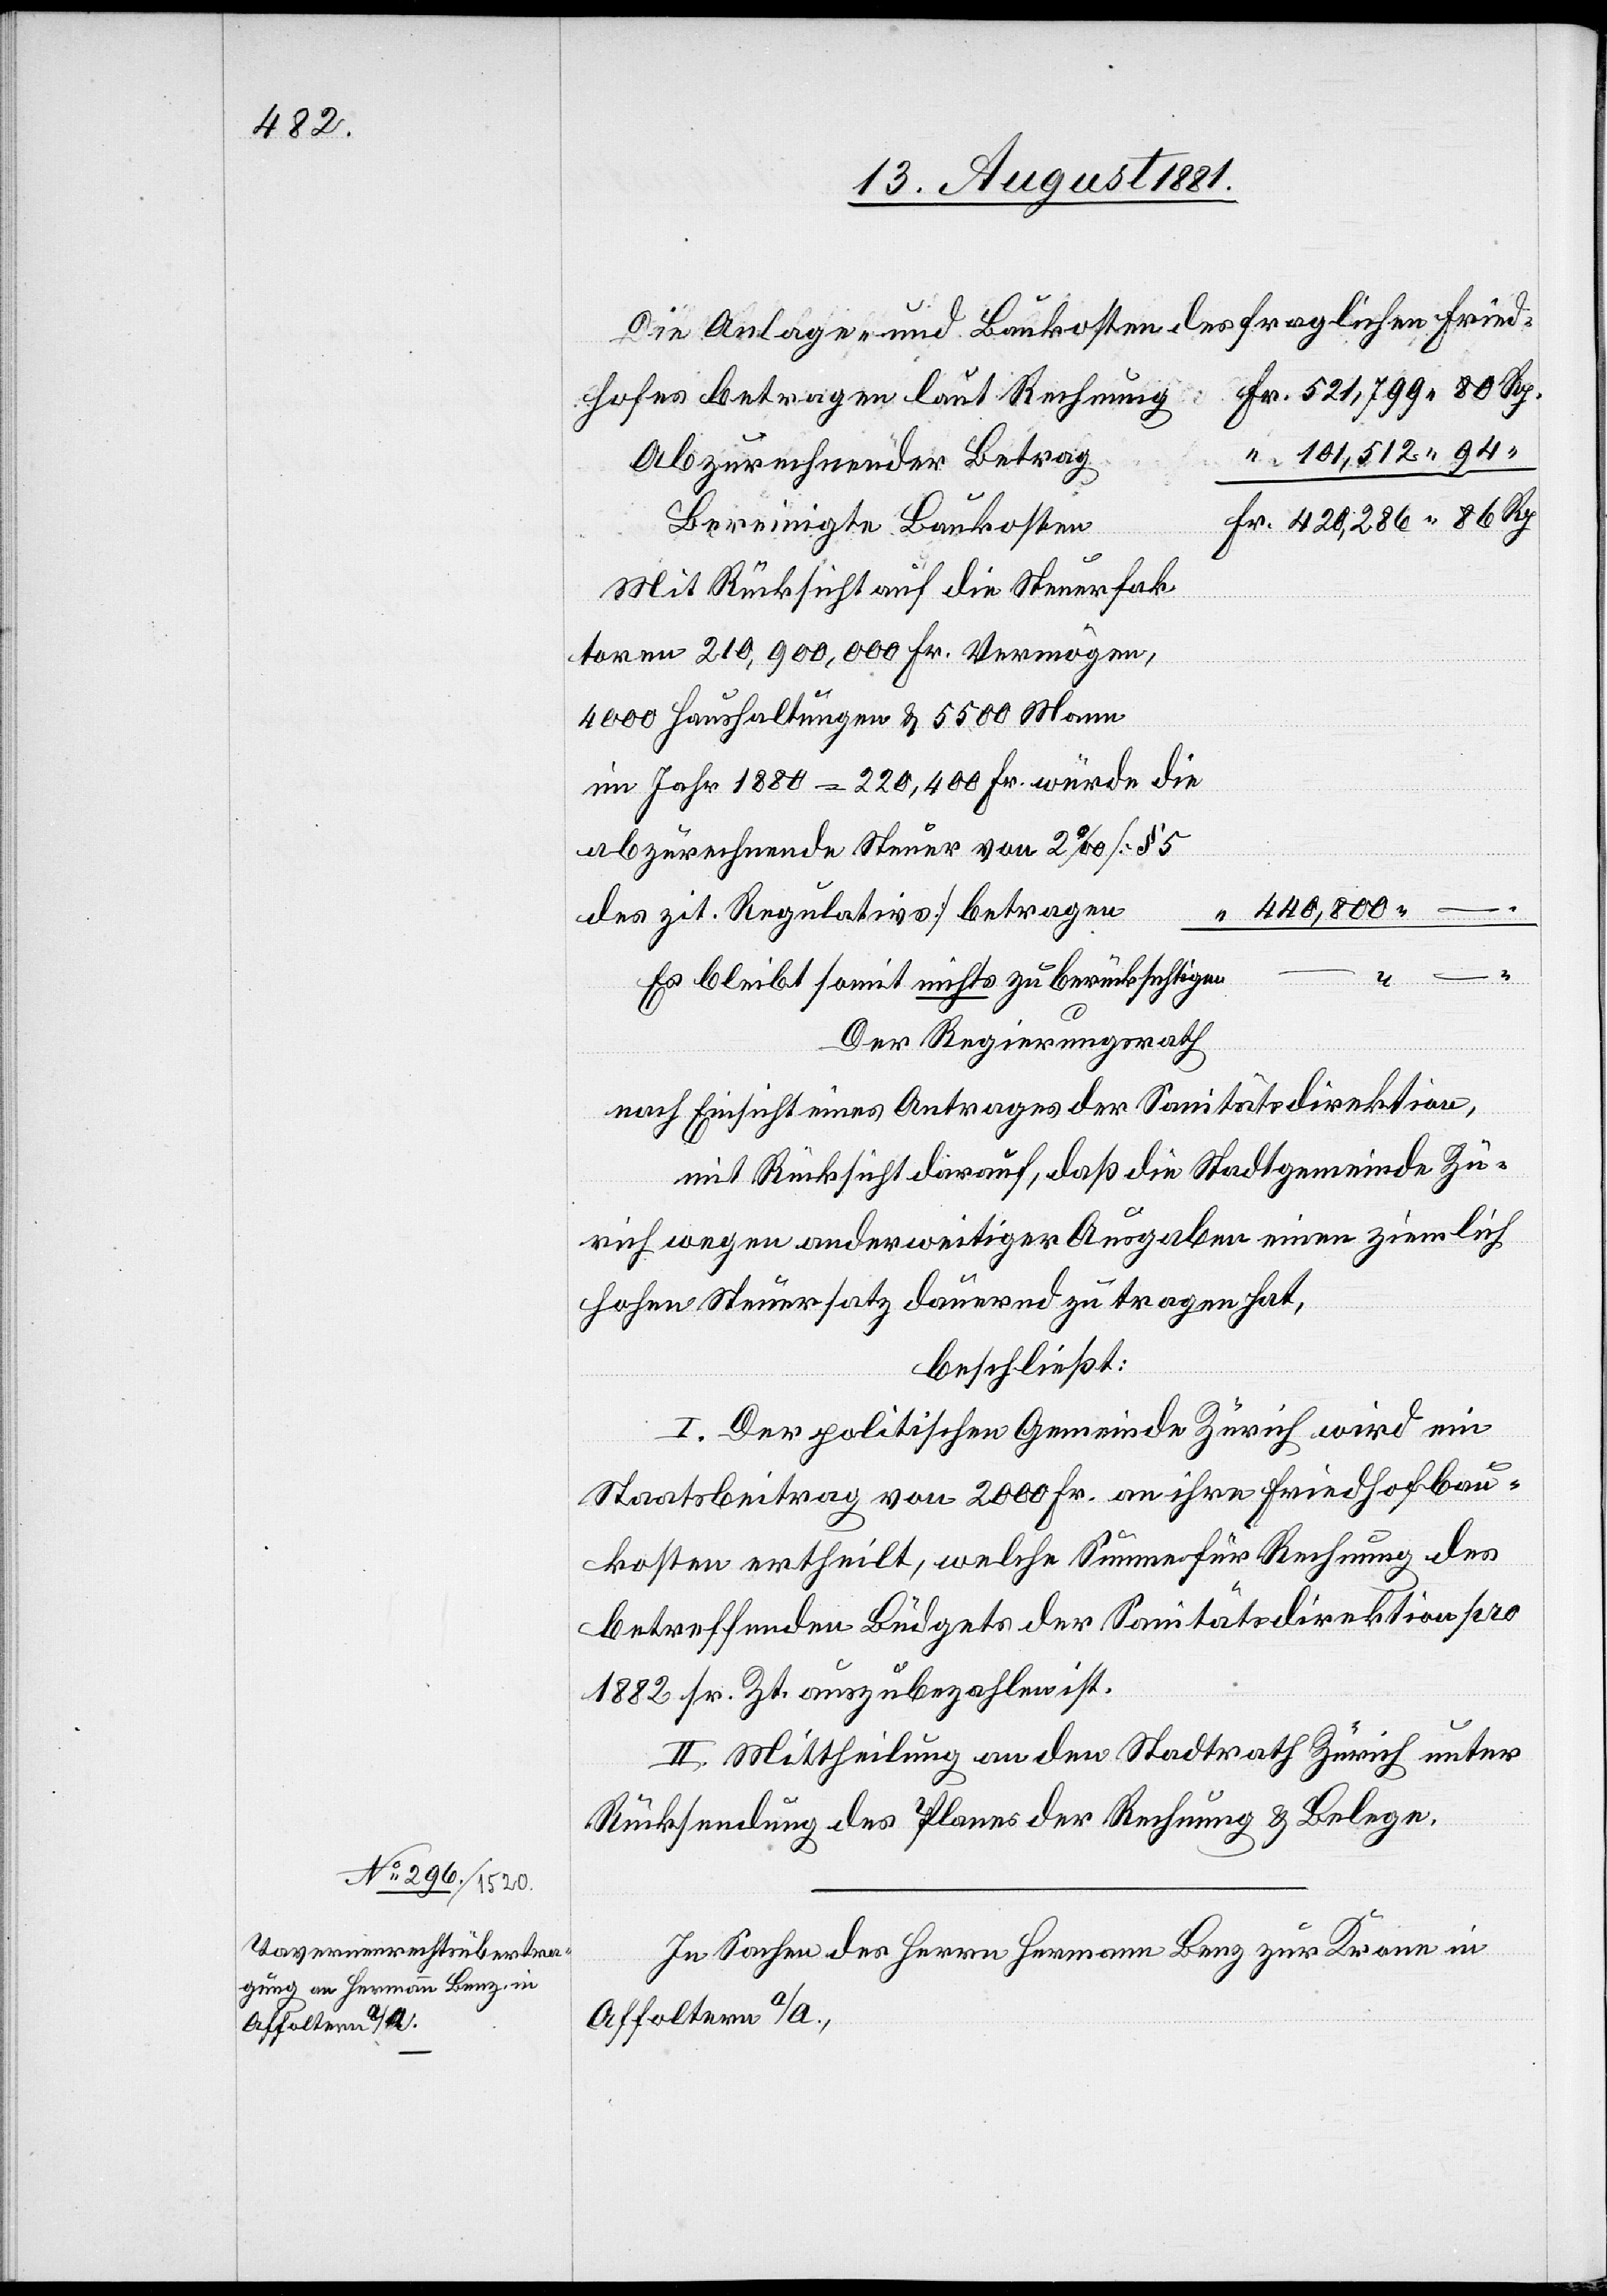
Die Anlage- und Baukosten des fraglichen Fried¬
hofes betragen laut Rechnung
101,512 94
Abzurechnender Betrag
Bereinigte Baukosten
Mit Rücksicht auf die Steuerfak¬
toren 210,900,000 Fr Vermögen,
4000 Haushaltungen & 5500 Mann
im Jahr 1880 = 220,400 Fr. würde die
abzurechnende Steuer von 2‰ [§ 5
440,800 –
des zit. Regulativs] betragen
Es bleibt somit nichts zu berücksichtigen
Der Regierungsrath[,]
nach Einsicht eines Antrages der Sanitätsdirektion,
mit Rücksicht darauf, daß die Stadtgemeinde Zü¬
rich wegen anderweitiger Ausgaben einen ziemlich
hohen Steuersatz dauernd zu trage hat,
beschließt:
I. Der politischen Gemeinde Zürich wird ein
Staatsbeitrag von 2000 Fr. an ihre Friedhofbau¬
kosten ertheilt, welche Summe für Rechnung des
betreffenden Büdgets der Sanitätsdirektion pro
1882 sr. Zt. auszubezahlen ist.
II. Mittheilung an den Stadtrath Zürich unter
Rücksendung des Planes der Rechnung & Belegen.
In Sachen des Herrn Hermann Benz zur Krann in
Affoltern a/A.,